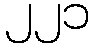
၂၂၁